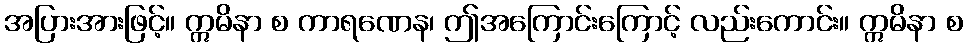
အပြားအားဖြင့်။ ဣမိနာ စ ကာရဏေန၊ ဤအကြောင်းကြောင့် လည်းကောင်း။ ဣမိနာ စ